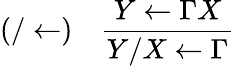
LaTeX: (/\leftarrow)\quad{\frac{Y\leftarrow\Gamma X}{Y/X\leftarrow\Gamma}}